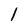
Character: l